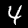
Digit: 4